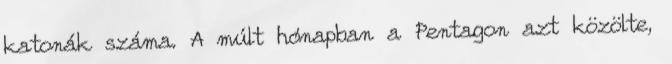
katonák száma. A múlt hónapban a Pentagon azt közölte,